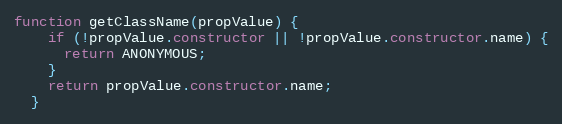
Language: JavaScript
function getClassName(propValue) {
    if (!propValue.constructor || !propValue.constructor.name) {
      return ANONYMOUS;
    }
    return propValue.constructor.name;
  }